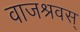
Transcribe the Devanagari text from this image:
वाजश्रवस्